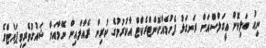
ނިއު ބަލިކޮށް އީގަލްސްއަށް ރަނގަޅު ފެށުމެއްކޮންޓްރެކްޓް އާކުރުމުގެ ކުރިން ރެއާލްއިން ނޭމާއަށް ޝައުގުވެރިވިޕަޔެޓްގެ